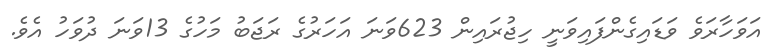
އަވަހާރަވެ ވަޑައިގެންފައިވަނީ ހިޖުރައިން 623ވަނަ އަހަރުގެ ރަޖަބު މަހުގެ 13ވަނަ ދުވަހު އެވެ.